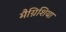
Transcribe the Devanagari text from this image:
मैग्निशिया